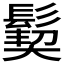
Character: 𩮁